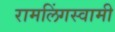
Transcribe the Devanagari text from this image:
रामलिंगस्वामी